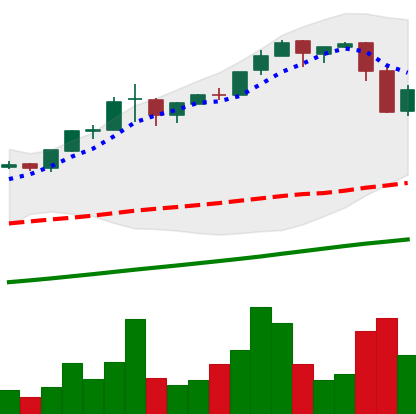
Ticker: BTC-USD
Chart end date: 2017-03-09
Forward return: 4.334%
Label: up_3_5